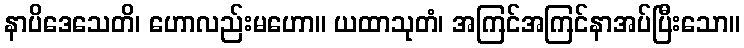
နာပိဒေသေတိ၊ ဟောလည်းမဟော။ ယထာသုတံ၊ အကြင်အကြင်နာအပ်ပြီးသော။